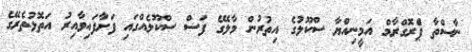
ނާސްތާ ޕްެރޮގްރާމް އަމީނިއްޔާ ސްކޫލުގެ އިތުރުން މާލޭގެ ފަސް ސްކޫލެއްގައި ފަށާފައިވާއިރު އަތޮޅުތެރޭގެ